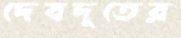
দেবদূতের